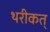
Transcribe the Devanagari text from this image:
थरीकत्